Leaving Certificate Examination (including Day School Certificate (Higher) General paper), 1926
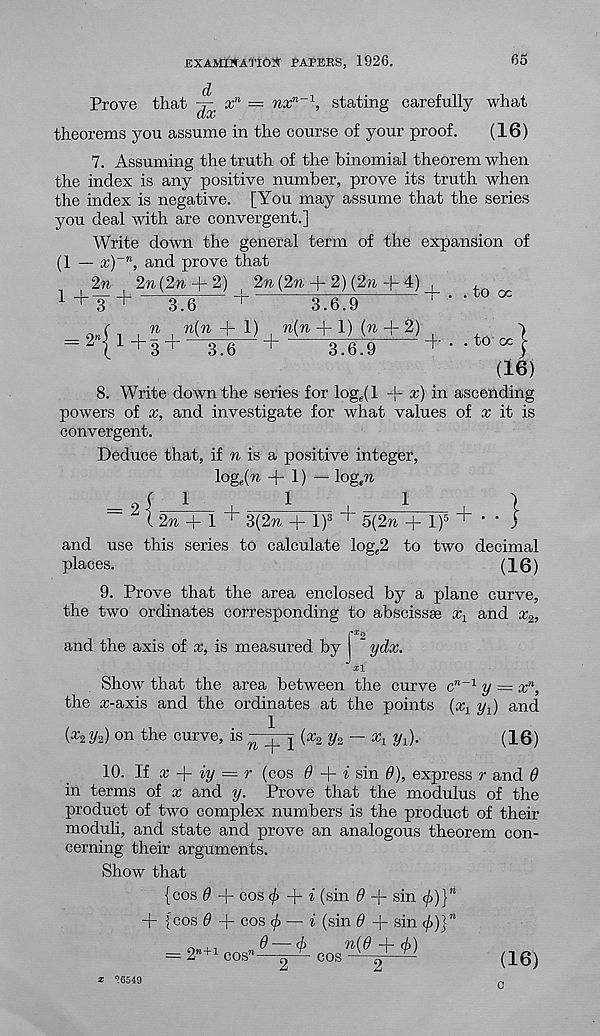
EXAMINATION PAPERS, 1926.
65
Prove that
x n = nx^1, stating carefully what
theorems you assume in the course of your proof.
(16)
7. Assuming the truth of the binomial theorem when
the index is any positive number, prove its truth when
the index is negative. [You may assume that the series
you deal with are convergent.]
Write down the general term of the expansion of
(1 — x)~n, and prove that
2n
2w(2w + 2)
2% (2% + 2) (2%-j-4)
1+ ¥+
O
' r
3.6.9
to oc
= 2” |
n
1 +3 +
n{n -j- 1) ^n(n + 1) {n
2)
3.6
3.6.9
+
to cc j-
(16)
8. Write down the series for log e (l -j- x) in ascending
powers of x, and investigate for what values of x it is
convergent.
Deduce that, if % is a positive integer,
loge(ra + 1) — log,™
{
1
1
,
1
~~ 2 ( 2?r + 1 + 3(2?r + l) 3 + 5(2?i + if + ‘ '
and use this series to calculate log c 2 to two decimal
places.
(16)
9. Prove that the area enclosed by a plane curve,
the two ordinates corresponding to abscissae x x and x 2 ,
and the axis of x, is measured by j ~ ydx.
Xl
Show that the area between the curve c" -1 y = x n ,
the a;-axis and the ordinates at the points (x 1 y{) and
(a: 2 y 2 ) on the curve, is
{x 2 y 2 — x x yj.
(16)
10. If x
iy = t (cos (9 + i sin 6), express r and 6
in terms of x and y. Prove that the modulus of the
product of two complex numbers is the product of their
moduli, and state and prove an analogous theorem con-
cerning their arguments.
Show that
{cos 0 -f cos -M (sin 6 -f- sin </>)}”
-f {cos <9 + cos <£ — i (sin 6 + sin <£)}"
= 2 1
>W+1 COS
9 — (j)
n(d -f~ cj})
cos
(16)
* ’esia
c